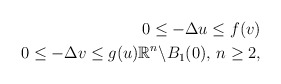
\begin{align*} 0\leq -\Delta u\leq f(v)\\ 0\leq -\Delta v\leq g(u) \mathbb{R}^n \backslash B_1 (0), \, n\geq 2, \end{align*}